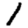
Digit: 1